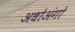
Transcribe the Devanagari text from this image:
अधोअंगो